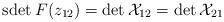
LaTeX: \begin{align*}\mbox{sdet}\:F(z_{12})=\det{\cal X}_{12}=\det{\cal X}_{21}\end{align*}